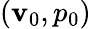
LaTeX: (\mathbf{v}_{0},p_{0})